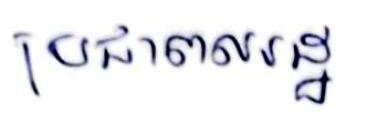
ប្រជាពលរដ្ឋ